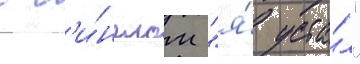
с с'и́нглом "я́ уста́л"